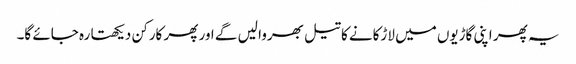
یہ پھر اپنی گاڑیوں میں لاڑکانے کا تیل بھروا لیں گے اور پھر کارکن دیکھتا رہ جائے گا۔